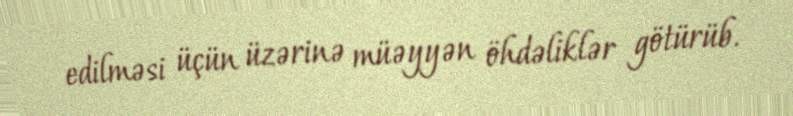
edilməsi üçün üzərinə müəyyən öhdəliklər götürüb.